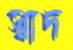
স্বাদ